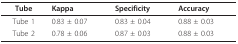
| Tube | Kappa | Specificity | Accuracy |
 | --- | --- | --- | --- |
 | Tube 1 | 0.83 ± 0.07 | 0.83 ± 0.04 | 0.88 ± 0.03 |
 | Tube 2 | 0.78 ± 0.06 | 0.87 ± 0.03 | 0.88 ± 0.03 |